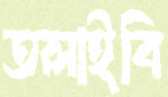
তলাইবি